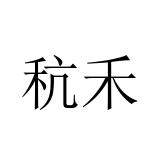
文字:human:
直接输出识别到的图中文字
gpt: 秔禾